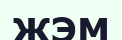
ЖЭМ